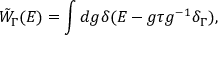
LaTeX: \tilde { W } _ { \Gamma } ( E ) = \int d g \delta ( E - g \tau g ^ { - 1 } \delta _ { \Gamma } ) ,